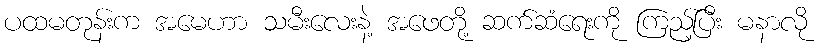
ပထမတုန်းက အမေဟာ သမီးလေးနဲ့ အဖေတို့ ဆက်ဆံရေးကို ကြည့်ပြီး မနာလို